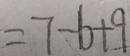
= 7 - 6 + 9